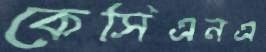
কেসিএনএ